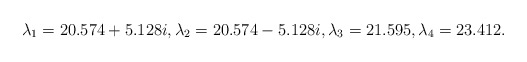
\begin{align*}\lambda_1 = 20.574+5.128 i, \lambda_2 = 20.574-5.128 i, \lambda_3 = 21.595, \lambda_4 = 23.412.\end{align*}